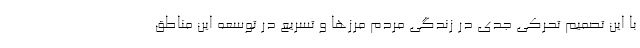
با این تصمیم تحرکی جدی در زندگی مردم مرزها و تسریع در توسعه این مناطق